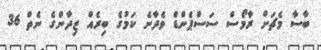
ބާސާ މެޗަށް ރާމޯސް ސަސްޕެންޑް ވެދާނެ ކަމުގެ ބިރެއް ޒިދާންގެ ނެތް 36